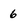
Character: 6